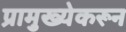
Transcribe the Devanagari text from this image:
प्रामुख्येकरून